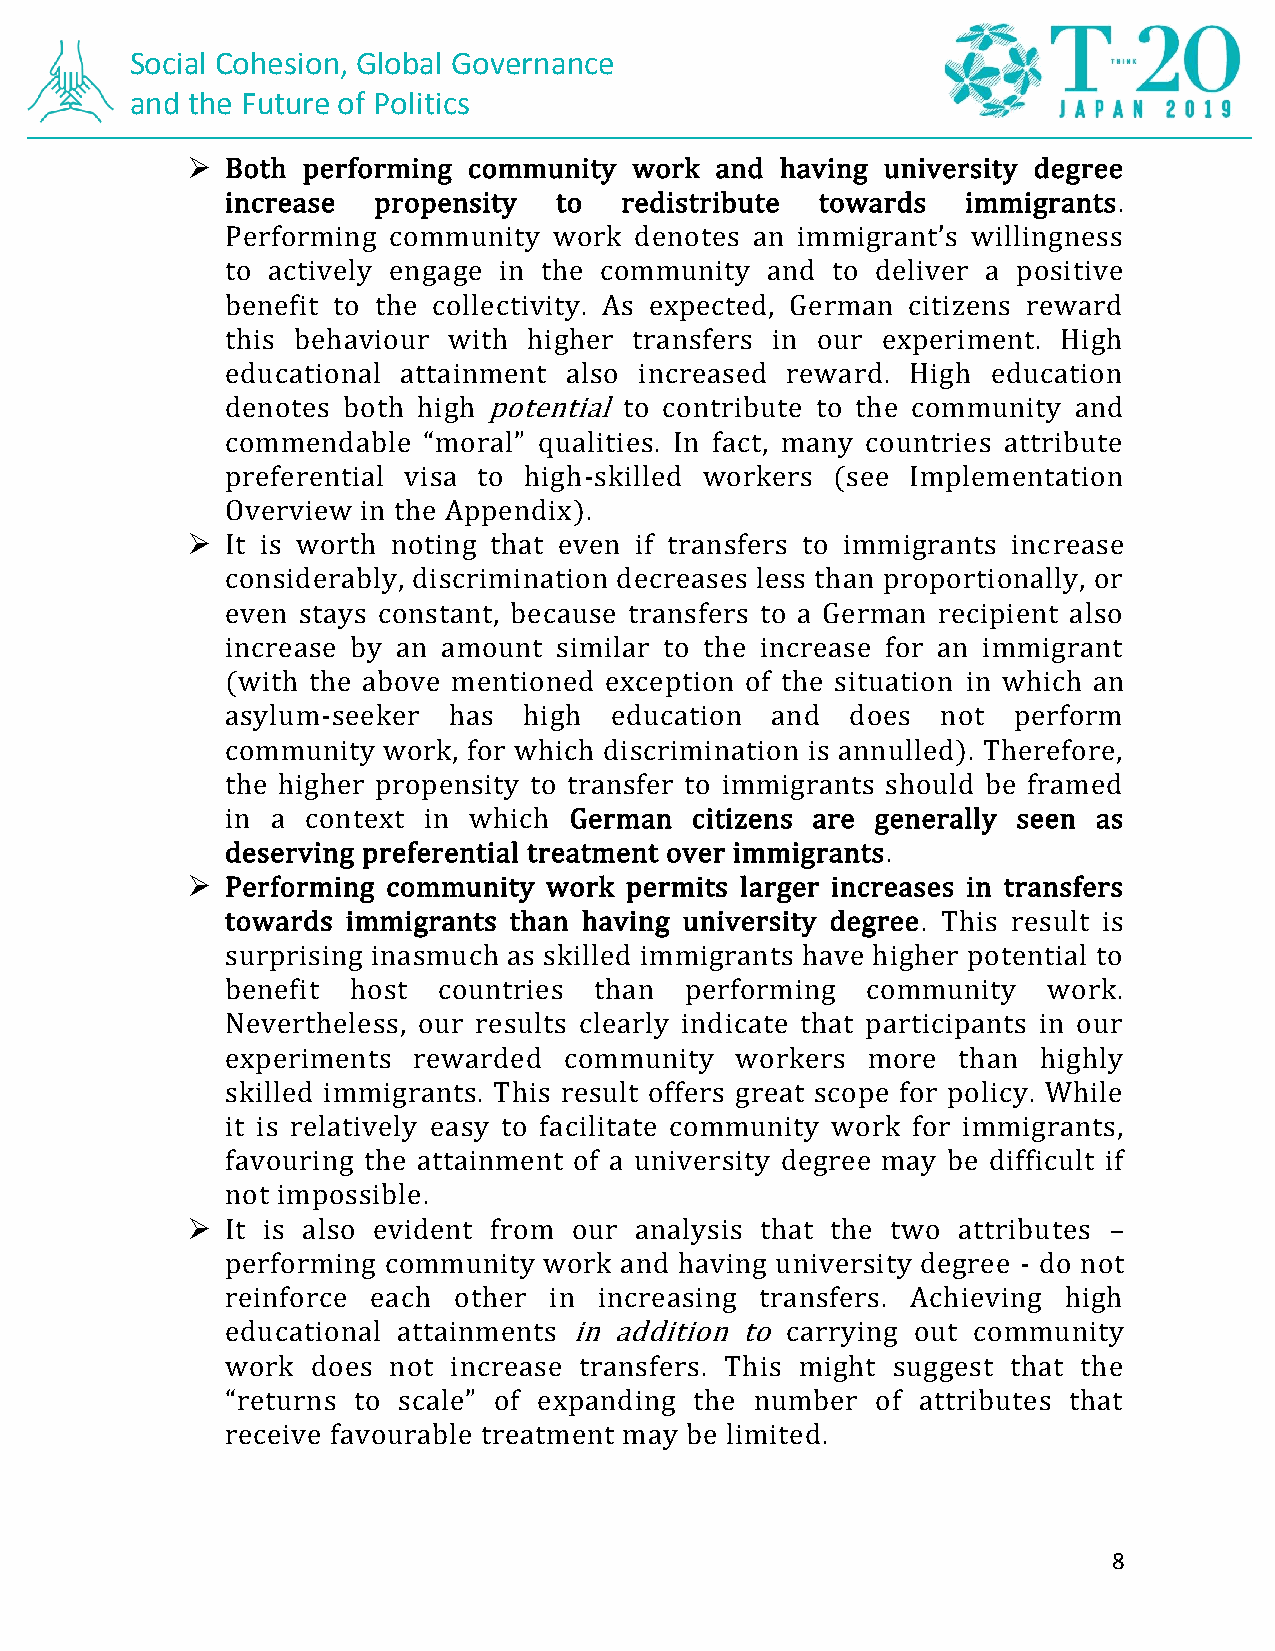
Social Cohesion, Global Governance
 and the Future of Politics
 ➢  Both performing community  work and  having university degree
 increase  propensity  to  redistribute towards   immigrants.
 Performing community  work denotes an immigrant’s willingness
 to actively engage in the community and to deliver a positive
 benefit to the collectivity. As expected, German citizens reward
 this behaviour with higher transfers in our experiment. High
 educational attainment also increased reward. High education
 denotes both high potential to contribute to the community and
 commendable  “moral” qualities. In fact, many countries attribute
 preferential visa to high-skilled workers (see Implementation
 Overview in the Appendix).
 ➢  It is worth noting that even if transfers to immigrants increase
 considerably, discrimination decreases less than proportionally, or
 even stays constant, because transfers to a German recipient also
 increase by an amount similar to the increase for an immigrant
 (with the above mentioned exception of the situation in which an
 asylum-seeker  has  high education  and  does  not  perform
 community work, for which discrimination is annulled). Therefore,
 the higher propensity to transfer to immigrants should be framed
 in a context in which  German  citizens are generally seen as
 deserving preferential treatment over immigrants.
 ➢  Performing community work permits larger increases in transfers
 towards immigrants than having university degree. This result is
 surprising inasmuch as skilled immigrants have higher potential to
 benefit host  countries than  performing  community   work.
 Nevertheless, our results clearly indicate that participants in our
 experiments rewarded  community   workers more  than  highly
 skilled immigrants. This result offers great scope for policy. While
 it is relatively easy to facilitate community work for immigrants,
 favouring the attainment of a university degree may be difficult if
 not impossible.
 ➢  It is also evident from our analysis that the two attributes –
 performing community work and having university degree - do not
 reinforce each other in  increasing transfers. Achieving high
 educational attainments in addition to carrying out community
 work  does not increase transfers. This might suggest that the
 “returns to scale” of expanding the number of attributes that
 receive favourable treatment may be limited.
 8